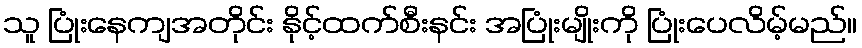
သူ ပြုံးနေကျအတိုင်း နိုင့်ထက်စီးနင်း အပြုံးမျိုးကို ပြုံးပေလိမ့်မည်။